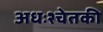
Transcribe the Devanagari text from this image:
अधःश्चेतकी